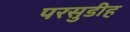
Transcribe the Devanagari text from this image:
परसुडीह